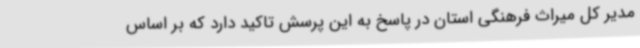
مدیر کل میراث فرهنگی استان در پاسخ به این پرسش تاکید دارد که بر اساس